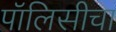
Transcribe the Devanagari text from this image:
पॉलिसीचा